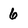
Character: 6